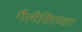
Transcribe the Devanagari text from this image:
गैलैक्तिका